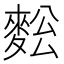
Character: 𪌥